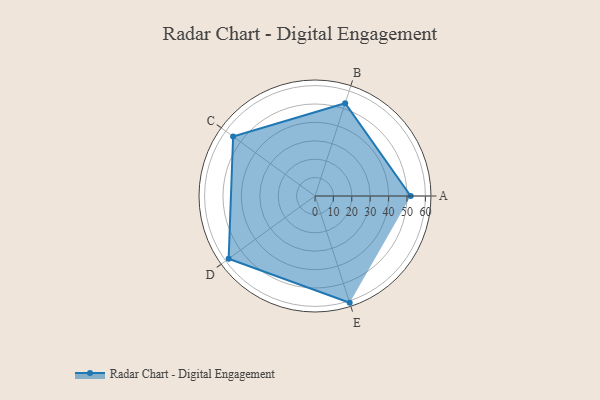
{"axis": {"x": "Skill", "y": "Score"}, "legend": ["Profile"], "data": [{"x": "A", "y": 52.0, "type": "Profile"}, {"x": "B", "y": 53.0, "type": "Profile"}, {"x": "C", "y": 55.0, "type": "Profile"}, {"x": "D", "y": 58.0, "type": "Profile"}, {"x": "E", "y": 61.0, "type": "Profile"}]}